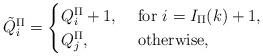
LaTeX: \begin{align*}\tilde{Q}^{\Pi}_i=\begin{cases}Q^{\Pi}_i+1, &\mbox{ for }i=I_{\Pi}(k)+1,\\Q^{\Pi}_j,&\mbox{ otherwise, }\end{cases}\end{align*}